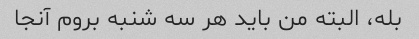
بله، البته من باید هر سه شنبه بروم آنجا